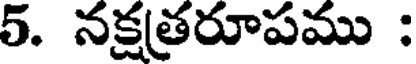
5. నక్షత్రరూపము :